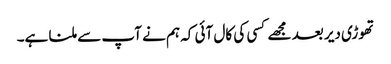
تھوڑی دیر بعد مجھے کسی کی کال آئی کہ ہم نے آپ سے ملنا ہے۔